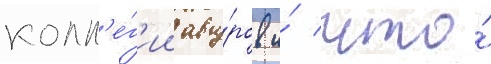
колл'е́г'ии авгу́ров и́ что́